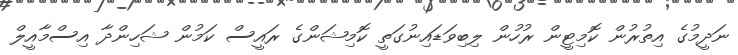
ނަދީމުގެ އިތުރުން ކޮމިޓީން ރުހުން ލިބިވަޑައިނުގަތީ ކޮމިޝަންގެ ރައީސް ކަމުން ޝަހިންދާ އިސްމާއީލް